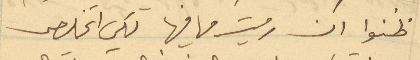
ظنوا ان رميت ما فيها لكي اتخلص